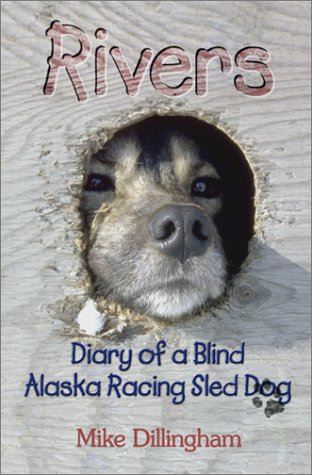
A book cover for Rivers: Diary of a Blind Alaska Racing Sled Dog; Mike Dillingham; Sports & Outdoors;